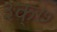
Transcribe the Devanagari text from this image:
३क्७